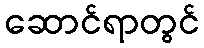
ဆောင်ရာတွင်